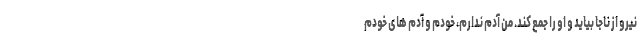
نیرو از ناجا بیاید و او را جمع کند. من آدم ندارم، خودم و آدم های خودم